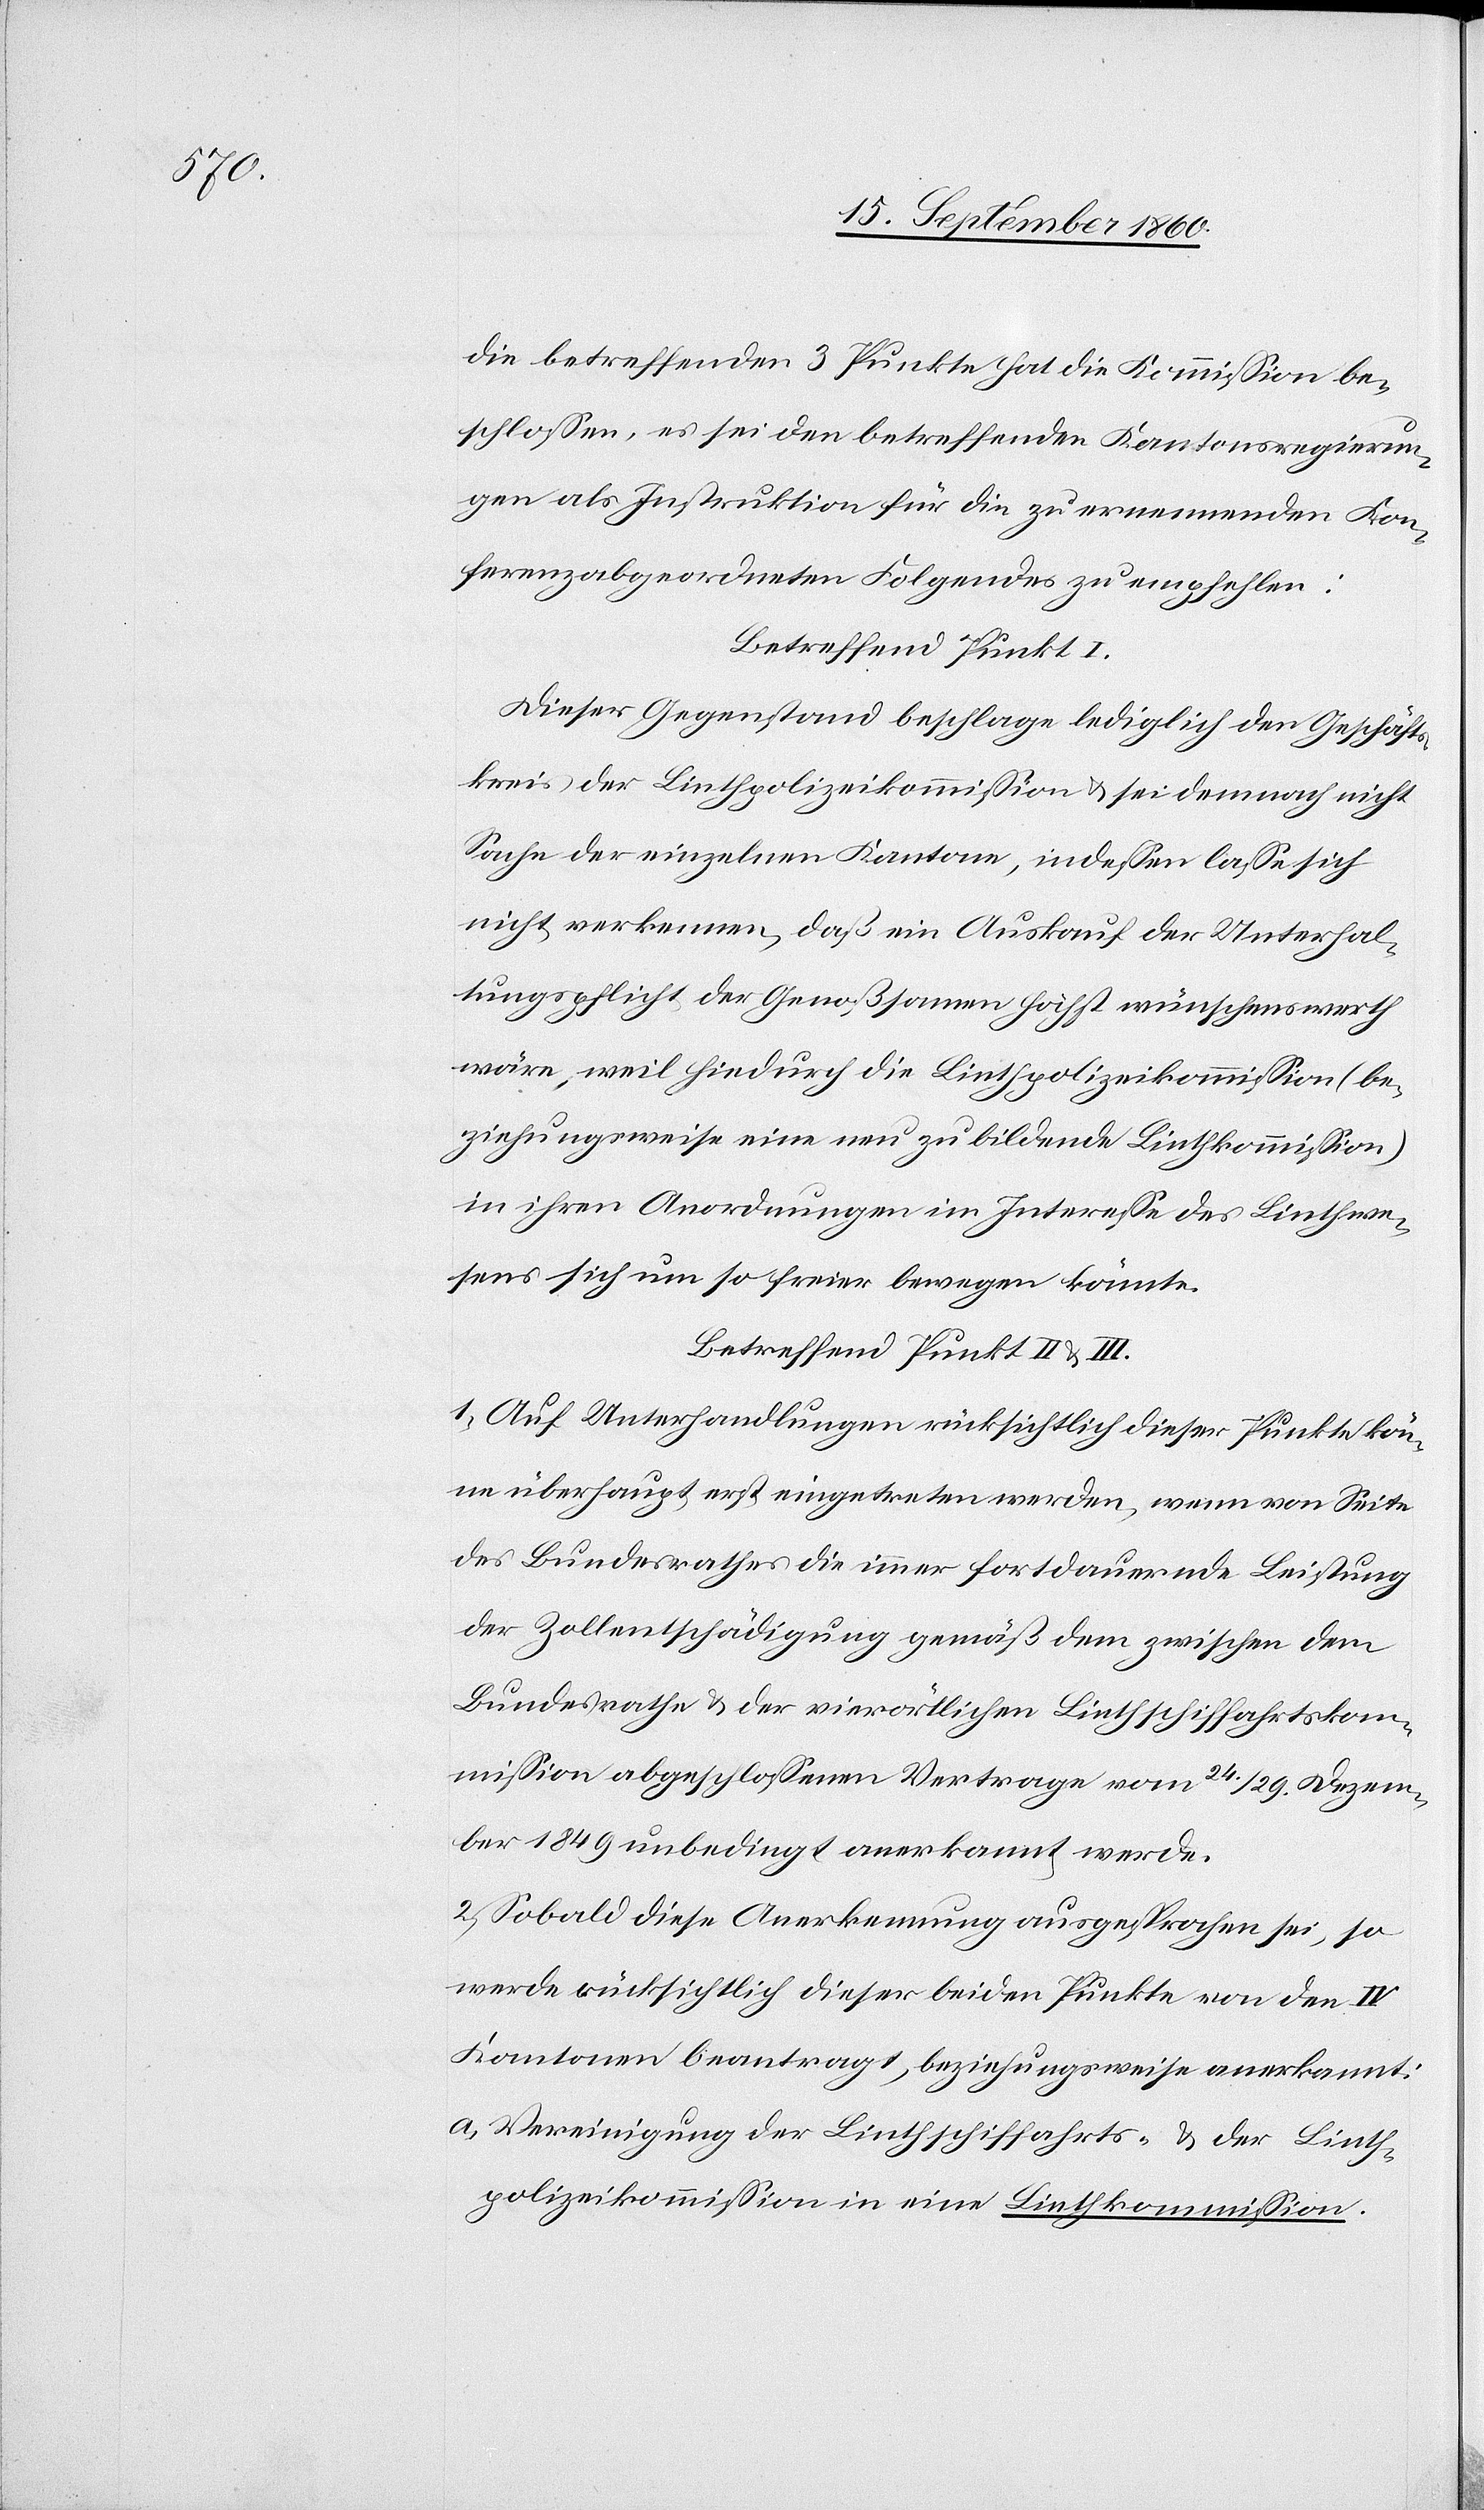
die betreffenden 3 Punkte hat die Kommission be¬
schlossen, es sei den betreffenden Kantonsregierun¬
gen als Instruktion für die zu ernennenden Kon¬
ferenzabgeordneten Folgendes zu empfehlen:
Betreffend Punkt I.
Dieser Gegenstand beschlage lediglich den Geschäfts¬
kreis der Linthpolizeikommission u. sei demnach nicht
Sache der einzelnen Kantone, indessen lasse sich
nicht verkennen, daß ein Auskauf der Unterhal¬
tungspflicht der Genoßsamen höchst wünschenswerth
wäre, weil hiedurch die Linthpolizeikommission (be¬
ziehungsweise eine neu zu bildende Linthkommission)
in ihren Anordnungen im Interesse des Linthwe¬
sens sich um so freier bewegen könnte.
Betreffend Punkt II & III.
1) Auf Unterhandlungen rücksichtlich dieser Punkte kön¬
ne überhaupt erst eingetreten werden, wenn von Seite
des Bundesrathes die immer fortdauernde Leistung
der Zollentschädigung gemäß dem zwischen dem
Bundesrathe & der vierörtlichen Linthschiffahrtskom¬
mission abgeschlossenen Vertrage vom 24./29. Dezem¬
ber 1849 unbedingt anerkannt werde.
2) Sobald diese Anerkennung ausgesprochen sei, so
werde rücksichtlich dieser beiden Punkte von den IV
Kantonen beantragt, beziehungsweise anerkannt:
a) Vereinigung der Linthschiffahrts- & der Linth¬
polizeikommission in eine Linthkommission.